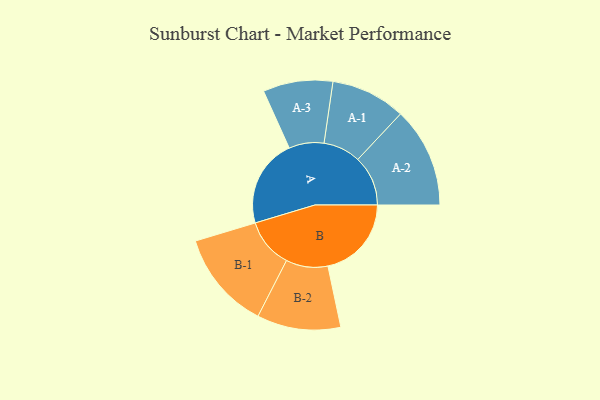
{"axis": {"x": "Segment", "y": "Value"}, "legend": ["", "A", "B"], "data": [{"x": "A", "y": 470, "type": ""}, {"x": "B", "y": 445, "type": ""}, {"x": "A-1", "y": 199, "type": "A"}, {"x": "A-2", "y": 267, "type": "A"}, {"x": "A-3", "y": 186, "type": "A"}, {"x": "B-1", "y": 263, "type": "B"}, {"x": "B-2", "y": 223, "type": "B"}]}